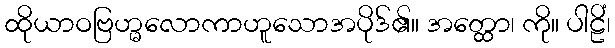
ထိုယာဝဗြဟ္မလောကာဟူသောအပိုဒ်၏။ အတ္ထော၊ ကို။ ပါဠိံ၊